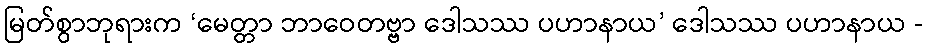
မြတ်စွာဘုရားက ‘မေတ္တာ ဘာဝေတဗ္ဗာ ဒေါသဿ ပဟာနာယ’ ဒေါသဿ ပဟာနာယ -